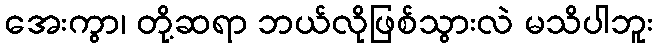
အေးကွာ၊ တို့ဆရာ ဘယ်လိုဖြစ်သွားလဲ မသိပါဘူး